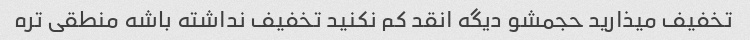
تخفیف میذارید حجمشو دیگه انقد کم نکنید تخفیف نداشته باشه منطقی تره